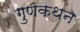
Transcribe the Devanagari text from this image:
गुणकथन